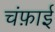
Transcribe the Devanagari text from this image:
चंफ़ाई